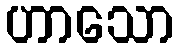
ဟာသော